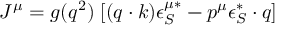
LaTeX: J ^ { \mu } = g ( q ^ { 2 } ) \; [ ( q \cdot k ) \epsilon _ { S } ^ { \mu * } - p ^ { \mu } \epsilon _ { S } ^ { * } \cdot q ]